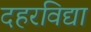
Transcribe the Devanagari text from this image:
दहरविद्या